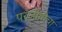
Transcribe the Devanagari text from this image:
परजीवींचा